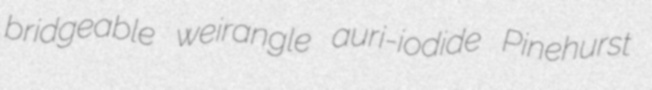
bridgeable weirangle auri-iodide Pinehurst